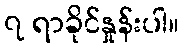
၇ ရာခိုင်နှုန်းပါ။